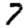
Digit: 7